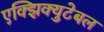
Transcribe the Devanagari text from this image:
एक्झिक्युटेबल